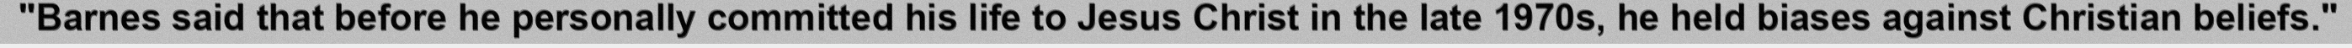
"Barnes said that before he personally committed his life to Jesus Christ in the late 1970s, he held biases against Christian beliefs."